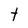
Character: t